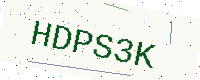
Text: HDPS3K